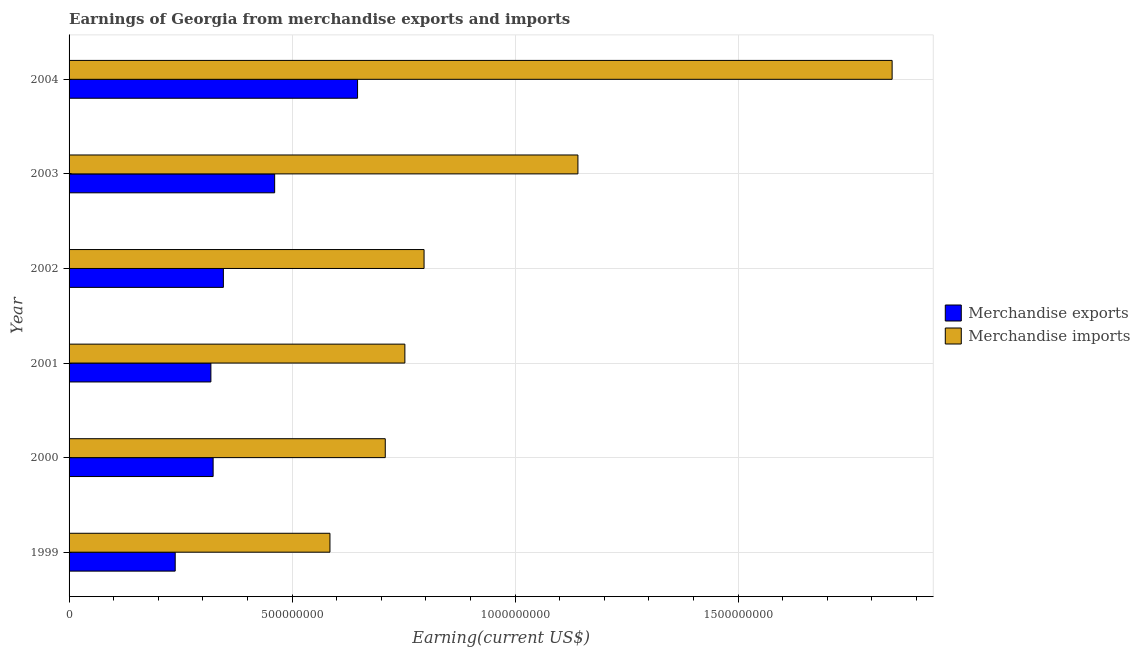
| Year | Merchandise exports | Merchandise imports |
 | --- | --- | --- |
 | 1999 | 2.38e+08 | 5.85e+08 |
 | 2000 | 3.23e+08 | 7.09e+08 |
 | 2001 | 3.18e+08 | 7.53e+08 |
 | 2002 | 3.46e+08 | 7.96e+08 |
 | 2003 | 4.61e+08 | 1.14e+09 |
 | 2004 | 6.47e+08 | 1.85e+09 |